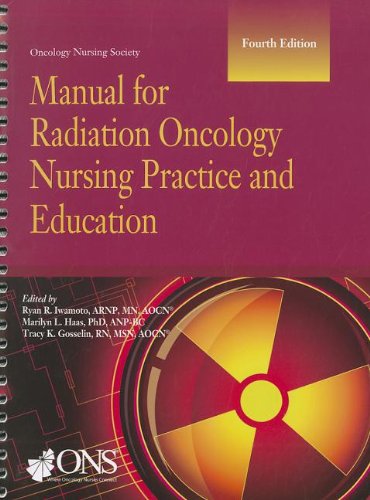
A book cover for Manual for Radiation Oncology Nursing Practice and Education; Medical Books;